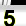
Digit: 5